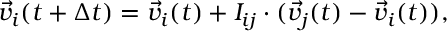
\vec { v } _ { i } ( t + \Delta t ) = \vec { v } _ { i } ( t ) + I _ { i j } \cdot ( \vec { v } _ { j } ( t ) - \vec { v } _ { i } ( t ) ) ,